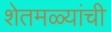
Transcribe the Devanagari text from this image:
शेतमळ्यांची